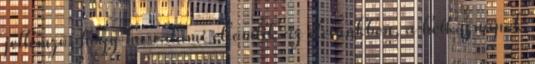
jellemző, hogy ha valami elromlik az életünkben, a hétköznapok